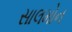
સાલમોન